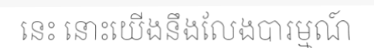
នេះ នោះយើងនឹងលែងបារម្មណ៍